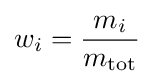
w_{i}={\frac {m_{i}}{m_{\mathrm {tot} }}}